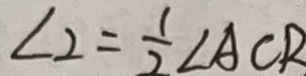
\angle 2 = \frac { 1 } { 2 } \angle A C R